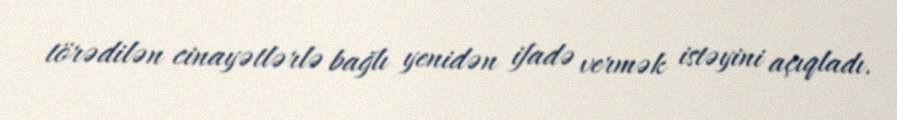
törədilən cinayətlərlə bağlı yenidən ifadə vermək istəyini açıqladı.